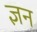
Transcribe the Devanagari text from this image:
ज्ञन